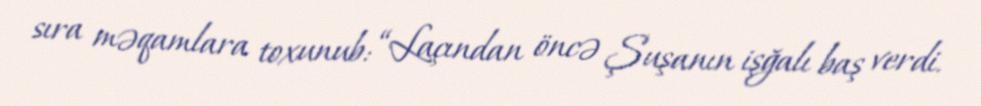
sıra məqamlara toxunub: “Laçından öncə Şuşanın işğalı baş verdi.